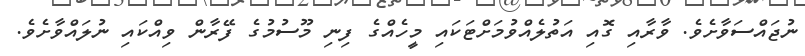
ނުޖައްސަވާށެވެ. ވާރާއި ގޮއި އަތުލެއްވުމަށްޓަކައި މީހެއްގެ ފިނި މޫސުމުގެ ފޭރާން ވިއްކައި ނުލައްވާށެވެ.